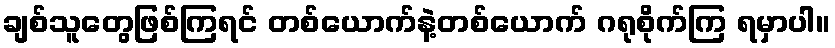
ချစ်သူတွေဖြစ်ကြရင် တစ်ယောက်နဲ့တစ်ယောက် ဂရုစိုက်ကြ ရမှာပါ။